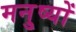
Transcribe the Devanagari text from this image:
मनु्ष्यों